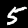
Digit: 5